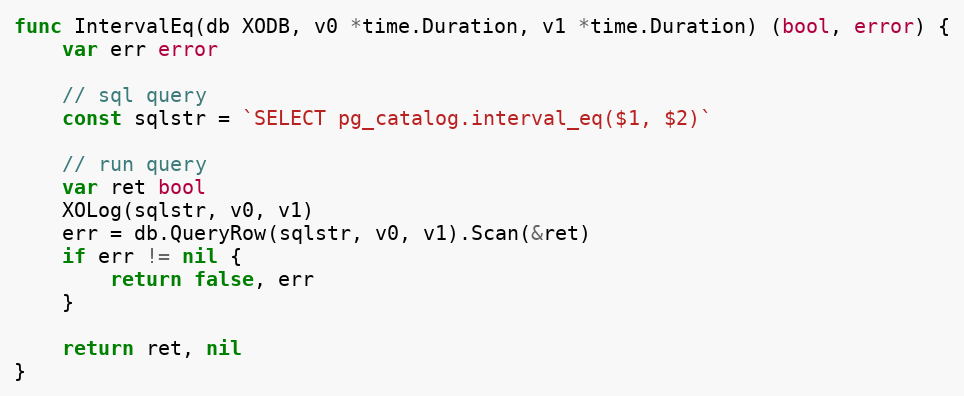
Language: Go
func IntervalEq(db XODB, v0 *time.Duration, v1 *time.Duration) (bool, error) {
	var err error

	// sql query
	const sqlstr = `SELECT pg_catalog.interval_eq($1, $2)`

	// run query
	var ret bool
	XOLog(sqlstr, v0, v1)
	err = db.QueryRow(sqlstr, v0, v1).Scan(&ret)
	if err != nil {
		return false, err
	}

	return ret, nil
}